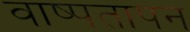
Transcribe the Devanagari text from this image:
वाष्पतापन